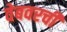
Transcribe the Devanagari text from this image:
वेबवरची